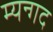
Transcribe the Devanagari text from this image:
म्यन्गद